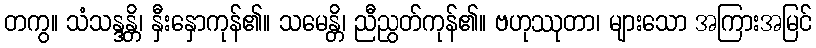
တကွ။ သံသန္ဒန္တိ၊ နှီးနှောကုန်၏။ သမေန္တိ၊ ညီညွတ်ကုန်၏။ ဗဟုဿုတာ၊ များသော အကြားအမြင်